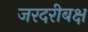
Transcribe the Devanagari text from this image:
जरदरीबक्ष